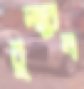
বুলবেন